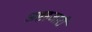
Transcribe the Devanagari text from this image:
अष्टहजारी